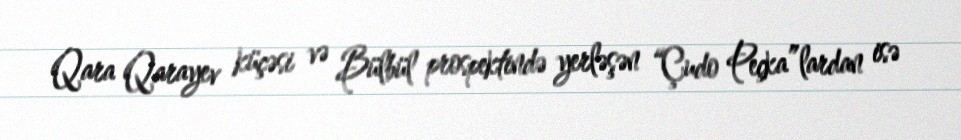
Qara Qarayev küçəsi və Bülbül prospektində yerləşən “Çudo Peçka”lardan isə